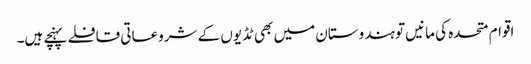
اقوام متحدہ کی مانیں تو ہندوستان میں بھی ٹڈیوں کے شروعاتی قافلے پہنچے ہیں۔